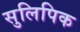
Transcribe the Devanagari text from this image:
सुलिपिक